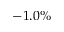
- 1 . 0 \%